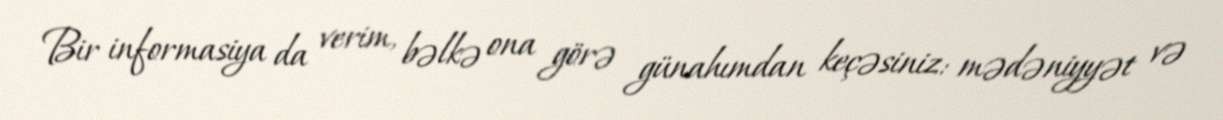
Bir informasiya da verim, bəlkə ona görə günahımdan keçəsiniz: mədəniyyət və